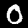
Digit: 0